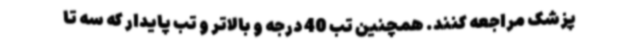
پزشک مراجعه کنند. همچنین تب 40 درجه و بالاتر و تب پایدار که سه تا